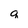
Character: q